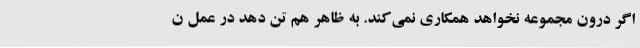
اگر درون مجموعه نخواهد همکاری نمی‌کند. به ظاهر هم تن دهد در عمل ن